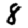
Digit: 8